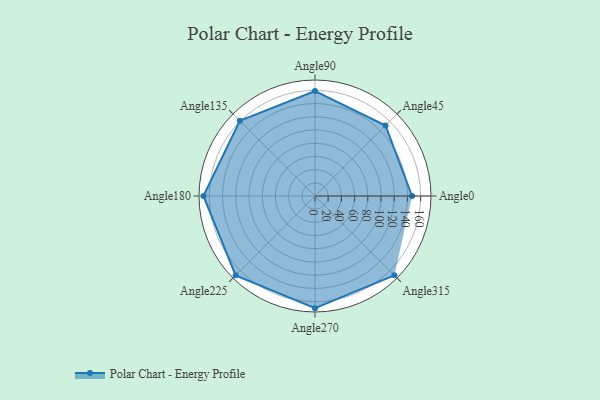
{"axis": {"x": "Angle", "y": "Radius"}, "legend": [""], "data": [{"x": "Angle0", "y": 147.0, "type": ""}, {"x": "Angle45", "y": 151.0, "type": ""}, {"x": "Angle90", "y": 159.0, "type": ""}, {"x": "Angle135", "y": 161.0, "type": ""}, {"x": "Angle180", "y": 169.0, "type": ""}, {"x": "Angle225", "y": 170, "type": ""}, {"x": "Angle270", "y": 170, "type": ""}, {"x": "Angle315", "y": 170, "type": ""}]}